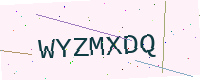
Text: WYZMXDQ